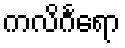
ကလိင်္ဂရော